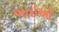
બાઇઓ